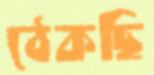
ঠেকছি